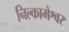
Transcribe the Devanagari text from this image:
निल्कामेश्वर